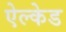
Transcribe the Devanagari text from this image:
ऐल्केड